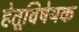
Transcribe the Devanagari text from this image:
हेतूविषेयक